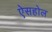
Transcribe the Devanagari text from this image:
ऐसहोल